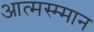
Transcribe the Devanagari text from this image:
आत्मस्म्मान